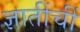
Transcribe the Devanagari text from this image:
ज्ञातींचीं